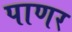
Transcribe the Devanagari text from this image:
पाणर